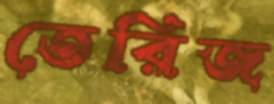
তেরিজ